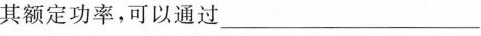
其额定功率，可以通过_________________